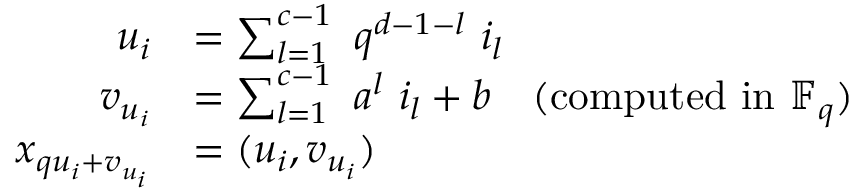
{ \begin{array} { r l } { u _ { i } } & { = \sum _ { l = 1 } ^ { c - 1 } ~ q ^ { d - 1 - l } ~ i _ { l } } \\ { v _ { u _ { i } } } & { = \sum _ { l = 1 } ^ { c - 1 } ~ a ^ { l } ~ i _ { l } + b \quad ( { \mathrm { c o m p u t e d ~ i n ~ } } \mathbb { F } _ { q } ) } \\ { x _ { q u _ { i } + v _ { u _ { i } } } } & { = ( u _ { i } , v _ { u _ { i } } ) } \end{array} }